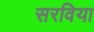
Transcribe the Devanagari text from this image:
सरविया